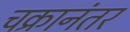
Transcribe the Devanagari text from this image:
चक्रानंतर